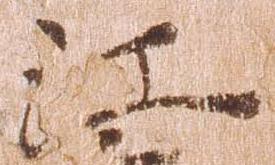
江